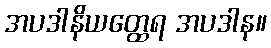
အပဒါနိယတ္ထေရ အပဒါန။